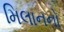
મિલાનનો